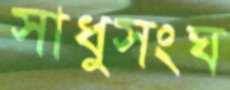
সাধুসংঘ